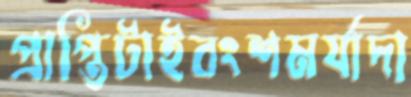
প্রাপ্তিটাইবংশমর্যাদা